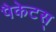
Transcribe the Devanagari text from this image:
पैकेटस्